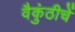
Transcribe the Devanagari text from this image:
वैकुंठीचें